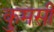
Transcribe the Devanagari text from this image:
कुमसी